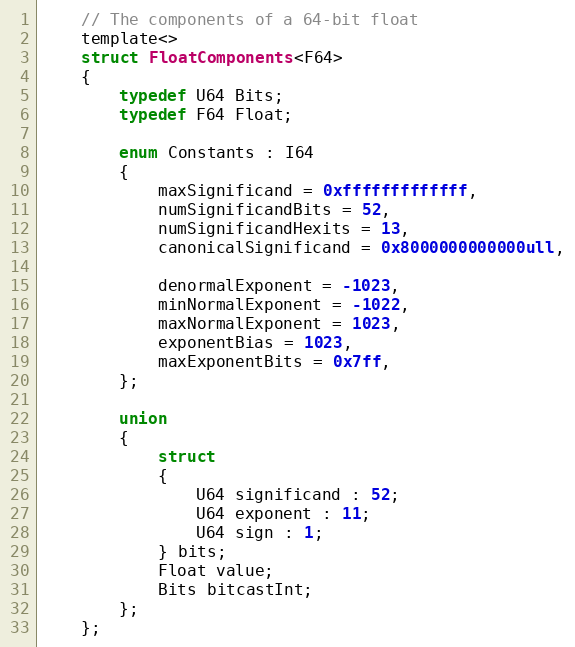
Language: C
	// The components of a 64-bit float
	template<>
	struct FloatComponents<F64>
	{
		typedef U64 Bits;
		typedef F64 Float;

		enum Constants : I64
		{
			maxSignificand = 0xfffffffffffff,
			numSignificandBits = 52,
			numSignificandHexits = 13,
			canonicalSignificand = 0x8000000000000ull,

			denormalExponent = -1023,
			minNormalExponent = -1022,
			maxNormalExponent = 1023,
			exponentBias = 1023,
			maxExponentBits = 0x7ff,
		};

		union
		{
			struct
			{
				U64 significand : 52;
				U64 exponent : 11;
				U64 sign : 1;
			} bits;
			Float value;
			Bits bitcastInt;
		};
	};